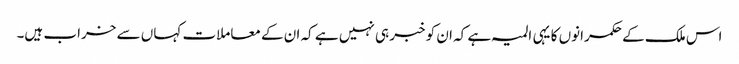
اس ملک کے حکمرانوں کا یہی المیہ ہے کہ ان کو خبر ہی نہیں ہے کہ ان کے معاملات کہاں سے خراب ہیں۔